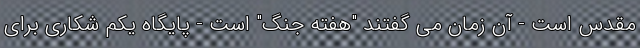
مقدس است - آن زمان می گفتند "هفته جنگ" است - پایگاه یکم شکاری برای